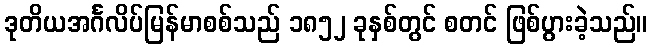
ဒုတိယအင်္ဂလိပ်မြန်မာစစ်သည် ၁၈၅၂ ခုနှစ်တွင် စတင် ဖြစ်ပွားခဲ့သည်။